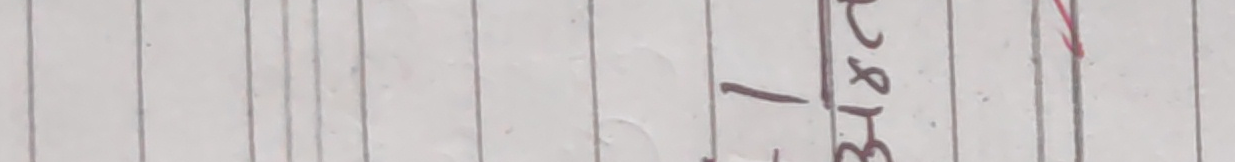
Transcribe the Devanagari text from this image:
३ & १